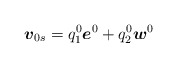
\begin{align*}\mbox{\mathversion{bold}$v$}_{0s} = q^{0}_{1}\mbox{\mathversion{bold}$e$}^{0} + q^{0}_{2}\mbox{\mathversion{bold}$w$}^{0}\end{align*}